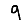
Digit: 9